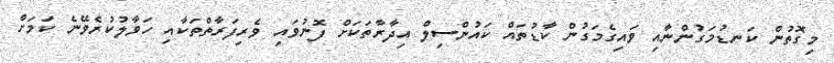
މިގޮތުން ކަނޑުމަގުންނާއި ވައިގެމަގުން ކާޑުތައް ކައުންސިލް އިދާރާތަކަށް ފޮނުވައި ވެރިފަރާތްތަކާއި ހަވާލުކުރެވޭނެ ކަމަށް